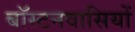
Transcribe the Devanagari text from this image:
बॉस्टनवासियों